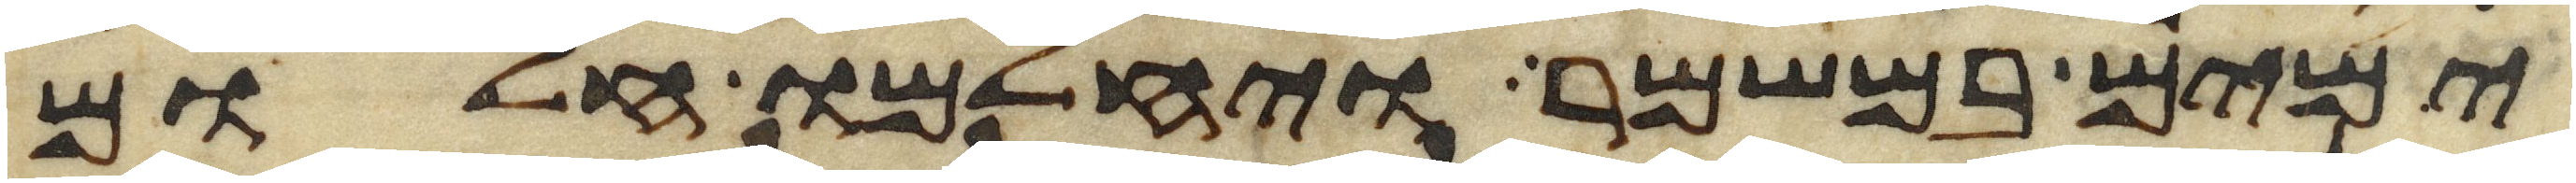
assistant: ימים במשמר ויחלמו חלום